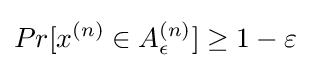
Pr[x^{(n)}\in A_{\epsilon }^{(n)}]\geq 1-\varepsilon